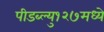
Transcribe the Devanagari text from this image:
पीडब्ल्यु१२७मध्ये